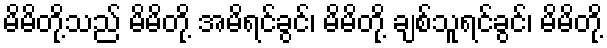
မိမိတို့သည် မိမိတို့ အမိရင်ခွင်၊ မိမိတို့ ချစ်သူရင်ခွင်၊ မိမိတို့